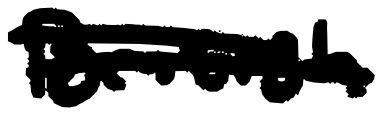
Text: British
Cross-out: double-line
Writing tool: digital_black